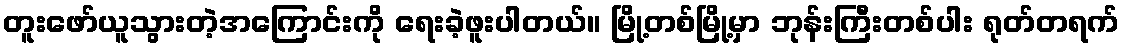
တူးဖော်ယူသွားတဲ့အကြောင်းကို ရေးခဲ့ဖူးပါတယ်။ မြို့တစ်မြို့မှာ ဘုန်းကြီးတစ်ပါး ရုတ်တရက်